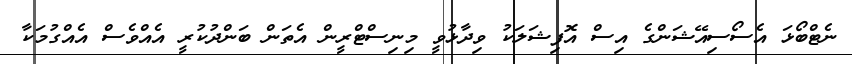
ނެޓްބޯޅަ އެސޯސިއޭޝަންގެ އިސް އޮފިޝަލަކު ވިދާޅުވީ މިނިސްޓްރީން އެތަން ބަންދުކުރީ އެއްވެސް އެއްގުމަކާ